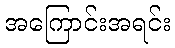
အကြောင်းအရင်း